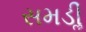
સમડીૢ